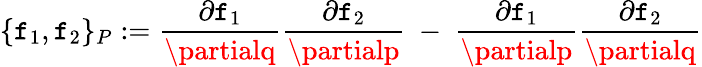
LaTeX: \{ \mathtt{f}_{1},\mathtt{f}_{2}\} _{P}:=\frac{{\partial\mathtt{f}_{1}}}{{\partialq}}\frac{{\partial\mathtt{f}_{2}}}{{\partialp}}\ -\ \frac{{\partial\mathtt{f}_{1}}}{{\partialp}}\frac{{\partial\mathtt{f}_{2}}}{{\partialq}}